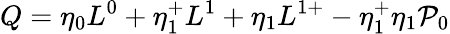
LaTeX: Q=\eta_{0}L^{0}+\eta_{1}^{+}L^{1}+\eta_{1}L^{1+}-\eta_{1}^{+}\eta_{1}{\cal{P}}_{0}